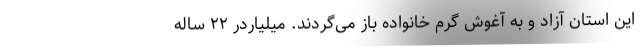
این استان آزاد و به آغوش گرم خانواده باز می‌گردند. میلیاردر ۲۲ ساله